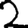
Digit: 2